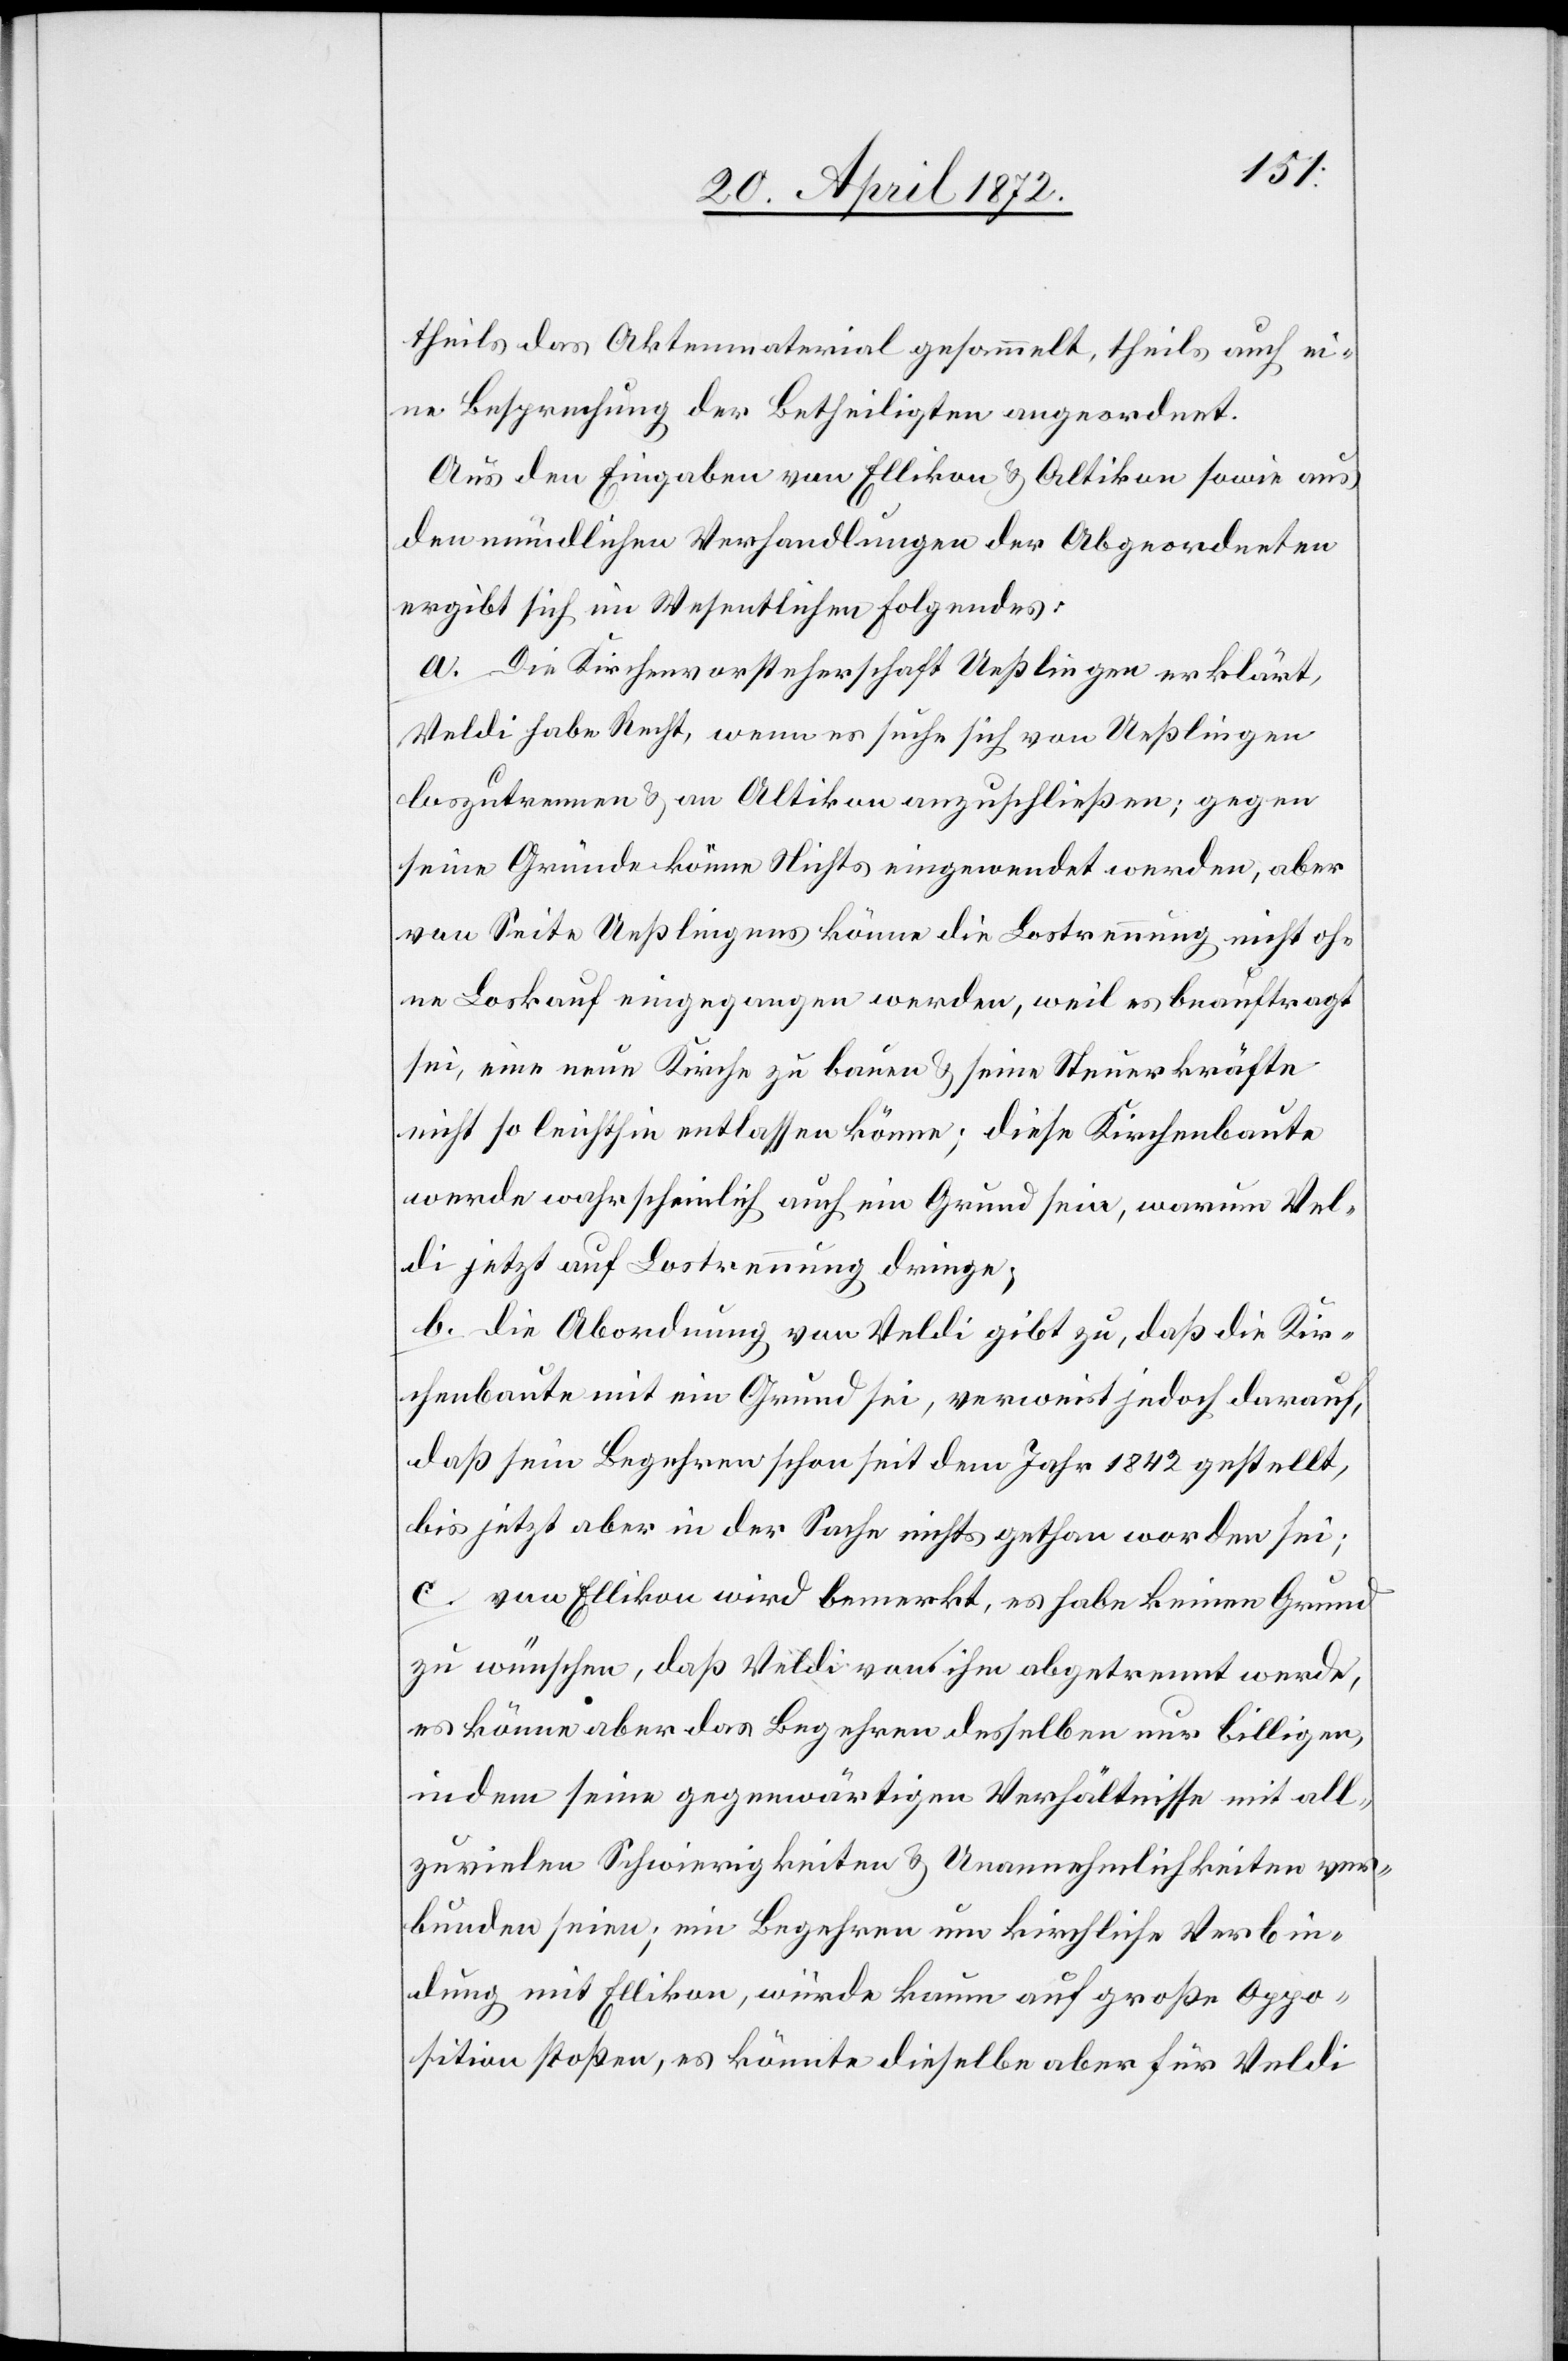
theils das Aktenmaterial gesammelt, theils auch ei¬
ne Besprechung der Betheiligten angeordnet.
Aus den Eingaben von Ellikon u. Altikon sowie aus
den mündlichen Verhandlungen der Abgeordneten
ergibt sich im Wesentlichen folgendes:
a. Die Kirchenvorsteherschaft Ueßlingen erklärt,
Veldi habe Recht, wenn es suche sich von Ueßlingen
loszutrennen u. an Altikon anzuschließen; gegen
seine Gründe könne Nichts eingewendet werden, aber
von Seite Ueßlingens könne die Lostrennung nicht oh¬
ne Loskauf eingegangen werden, weil es beauftragt
sei, eine neue Kirche zu bauen u. seine Steuerkräfte
nicht so leichthin entlassen könne; diese Kirchenbaute
werde wahrscheinlich auch ein Grund sein, warum Vel¬
di jetzt auf Lostrennung dringe;
b. Die Abordnung von Veldi gibt zu, daß die Kir¬
chenbaute mit ein Grund sei, verweist jedoch darauf,
daß sein Begehren schon seit dem Jahr 1842 gestellt,
bis jetzt aber in der Sache nichts gethan worden sei;
c. von Ellikon wird bemerkt, es habe keinen Grund
zu wünschen, daß Veldi von ihm abgetrennt werde,
es könne aber das Begehren desselben nur billigen,
indem seine gegenwärtigen Verhältnisse mit all¬
zuvielen Schwierigkeiten u. Unannehmlichkeiten ver¬
bunden seien; ein Begehren um kirchliche Verbin¬
dung mit Ellikon, würde kaum auf große Oppo¬
sition stoßen, es könnte dieselbe aber für Veldi